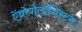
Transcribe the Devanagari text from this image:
ऐंथ्रोपोलॉजिस्ट्स